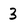
Character: 3